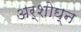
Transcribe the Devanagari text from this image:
अर्शोघ्न